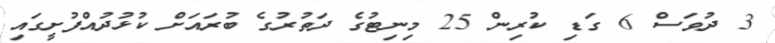
3 ދުވަސް 6 ގަޑި ކުރިން 25 މިނިޓުގެ ދަތުރުގެ ބުރައަަށް ކުޅުދުއްފުށީގައި